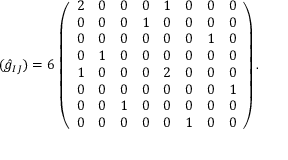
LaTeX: ( \hat { g } _ { I J } ) = 6 \, \left( \begin{array} { c c c c c c c c } { { 2 } } & { { 0 } } & { { 0 } } & { { 0 } } & { { 1 } } & { { 0 } } & { { 0 } } & { { 0 } } \\ { { 0 } } & { { 0 } } & { { 0 } } & { { 1 } } & { { 0 } } & { { 0 } } & { { 0 } } & { { 0 } } \\ { { 0 } } & { { 0 } } & { { 0 } } & { { 0 } } & { { 0 } } & { { 0 } } & { { 1 } } & { { 0 } } \\ { { 0 } } & { { 1 } } & { { 0 } } & { { 0 } } & { { 0 } } & { { 0 } } & { { 0 } } & { { 0 } } \\ { { 1 } } & { { 0 } } & { { 0 } } & { { 0 } } & { { 2 } } & { { 0 } } & { { 0 } } & { { 0 } } \\ { { 0 } } & { { 0 } } & { { 0 } } & { { 0 } } & { { 0 } } & { { 0 } } & { { 0 } } & { { 1 } } \\ { { 0 } } & { { 0 } } & { { 1 } } & { { 0 } } & { { 0 } } & { { 0 } } & { { 0 } } & { { 0 } } \\ { { 0 } } & { { 0 } } & { { 0 } } & { { 0 } } & { { 0 } } & { { 1 } } & { { 0 } } & { { 0 } } \end{array} \right) .